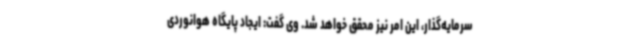
سرمایه‌گذار، این امر نیز محقق خواهد شد. وی گفت: ایجاد پایگاه هوانوردی